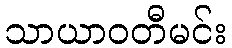
သာယာဝတီမင်း